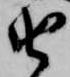
由